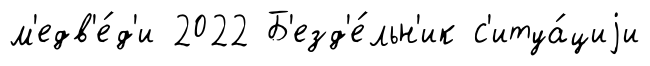
м'едв'е́д'и 2022 Б'езд'е́льн'ик с'итуа́циjи